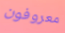
معروفون